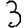
Digit: 3